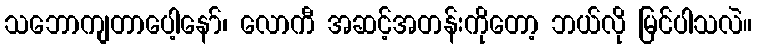
သဘောကျတာပေါ့နော်၊ လောကီ အဆင့်အတန်းကိုတော့ ဘယ်လို မြင်ပါသလဲ။